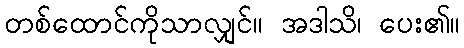
တစ်ထောင်ကိုသာလျှင်။ အဒါသိ၊ ပေး၏။